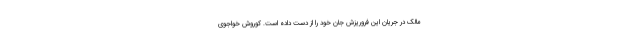
مالک در جریان این فروریزش جان خود را از دست داده است. کوروش خواجوی